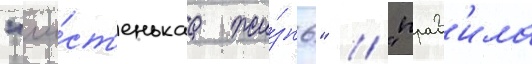
"чи́ст'енькаа жи́знь" / "прав'ила